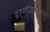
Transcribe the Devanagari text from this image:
ब्रह्मजिज्ञासु